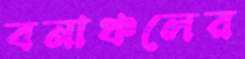
বনাঞ্চলের